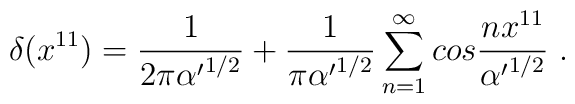
\delta (x^{11}) = {1 \over 2 \pi {\alpha'}^{1/2}} + {1 \over \pi {\alpha'}^{1/2}} \sum_{n=1}^{\infty} cos{n x^{11} \over {\alpha'}^{1/2}} \ .